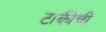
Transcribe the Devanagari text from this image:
टाकीची